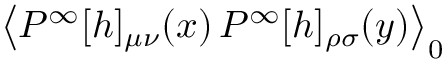
\left< P ^ { \infty } [ h ] _ { \mu \nu } ( x ) \, P ^ { \infty } [ h ] _ { \rho \sigma } ( y ) \right> _ { 0 }